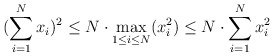
\begin{align*}(\sum_{i=1}^N x_i)^2 \leq N \cdot \max_{1 \leq i \leq N} (x_i^2) \leq N \cdot \sum_{i=1}^N x_i^2\end{align*}